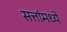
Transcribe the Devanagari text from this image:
सत्तांमध्ये